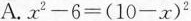
A.$$x ^ { 2 } - 6 = ( 1 0 - x ) ^ { 2 }$$